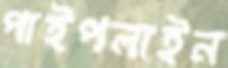
পাইপলাইন